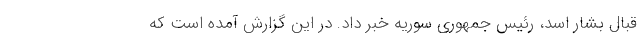
قبال بشار اسد، رئیس جمهوری سوریه خبر داد. در این گزارش آمده است که